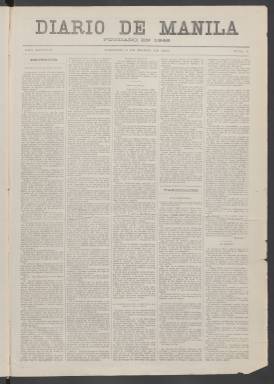
Título: Diario de Manila
Colección: Periódicos
Ámbito geográfico: Filipinas
Lugar de publicación: Manila
Fechas: 01/01/1886-16/04/1898